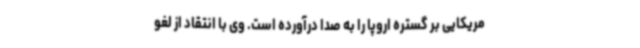
مریکایی بر گستره‌ اروپا را به صدا درآورده است. وی با انتقاد از لغو